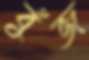
বুঁজ